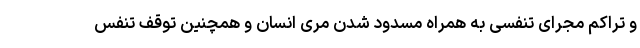
و تراکم مجرای تنفسی به همراه مسدود شدن مری انسان و همچنین توقف تنفس